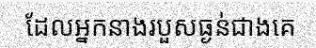
ដែលអ្នកនាងរបួសធ្ងន់ជាងគេ